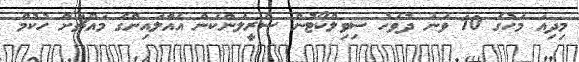
މިދިއަ މަހުގެ 10 ވަނަ ދުވަހު ސިވިލްކޯޓުން ސްރީލަންކަން އެއާލައިންގެ މައްޗަށް ހުކުމް